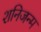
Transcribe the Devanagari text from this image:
शनिजन्म